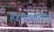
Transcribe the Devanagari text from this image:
हेडमास्तरांची